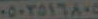
٠٥٠٢٥١٦٨٠٥